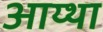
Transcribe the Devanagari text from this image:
आय्था